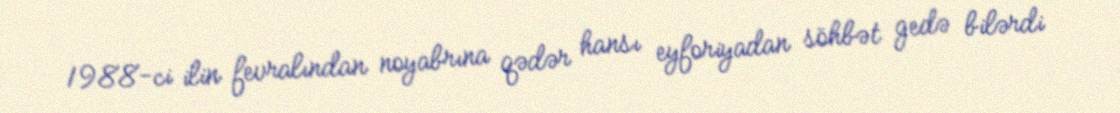
1988-ci ilin fevralından noyabrına qədər hansı eyforiyadan söhbət gedə bilərdi